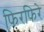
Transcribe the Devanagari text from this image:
फिरफिरे